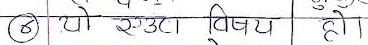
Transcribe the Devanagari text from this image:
(6) यो एउटा विषय हो।